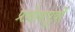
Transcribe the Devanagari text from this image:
प्रयोगापूर्वी